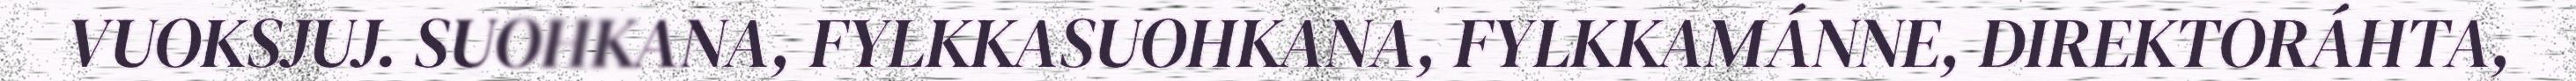
VUOKSJUJ. SUOHKANA, FYLKKASUOHKANA, FYLKKAMÁNNE, DIREKTORÁHTA,